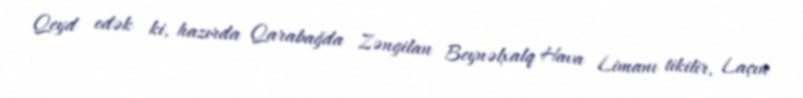
Qeyd edək ki, hazırda Qarabağda Zəngilan Beynəlxalq Hava Limanı tikilir, Laçın